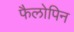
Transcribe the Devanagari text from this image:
फैलोपिन